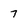
Character: 7